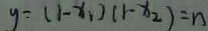
y = ( 1 - x _ { 1 } ) ( 1 - x _ { 2 } ) = n